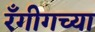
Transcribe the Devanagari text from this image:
रँगीगच्या